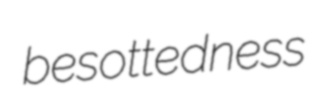
besottedness